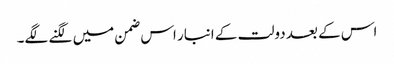
اس کے بعد دولت کے انبار اس ضمن میں لگنے لگے۔